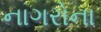
નાગરોના